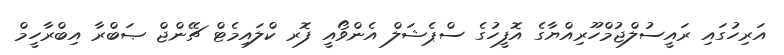
އަރިހުގައި ރައީސުލްޖުމްހޫރިއްޔާގެ އޮފީހުގެ ސްޕެޝަލް އެންވޯއީ ފޮރ ކްލައިމެޓް ޗޭންޖް ޞަބްރާ އިބްރާހީމް